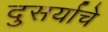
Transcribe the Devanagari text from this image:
दुसर्याचे